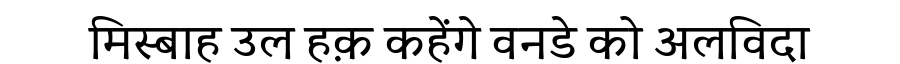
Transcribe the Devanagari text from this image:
मिस्बाह उल हक़ कहेंगे वनडे को अलविदा